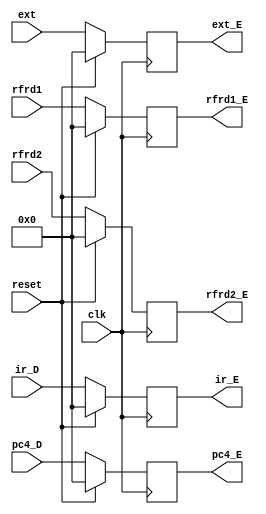
module E (
           input [31:0] ir_D,
           input [31:0] pc4_D,
           input [31:0] ext,
           input [31:0] rfrd1,
           input [31:0] rfrd2,
           input clk,
           input reset,
           output [31:0] ext_E,
           output [31:0] rfrd1_E,
           output [31:0] rfrd2_E,
           output [31:0] pc4_E,
           output [31:0] ir_E
       );

reg [31:0] IR;
reg [31:0] PC4;
reg [31:0] EXT;
reg [31:0] RFRD1;
reg [31:0] RFRD2;

initial begin
    IR=0;
    PC4=0;
    EXT=0;
    RFRD1=0;
    RFRD2=0;
end

always @(posedge clk) begin
    if (reset) begin
        IR<=0;
        PC4<=0;
        EXT<=0;
        RFRD1<=0;
        RFRD2<=0;
    end
    else begin
        IR<=ir_D;
        PC4<=pc4_D;
        EXT<=ext;
        RFRD1<=rfrd1;
        RFRD2<=rfrd2;
    end
end

assign ir_E=IR;
assign pc4_E=PC4;
assign ext_E=EXT;
assign rfrd1_E=RFRD1;
assign rfrd2_E=RFRD2;

endmodule